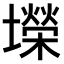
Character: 𫮴